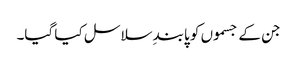
جن کے جسموں کو پابندِ سلاسل کیا گیا۔